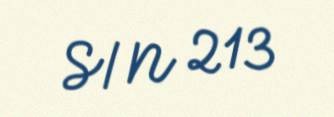
S/N 213